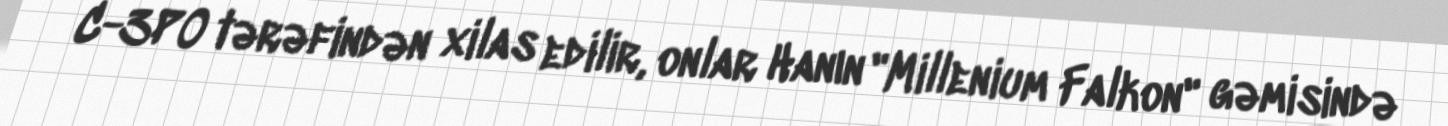
C-3PO tərəfindən xilas edilir, onlar Hanın "Millenium Falkon" gəmisində